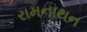
રામનાથન